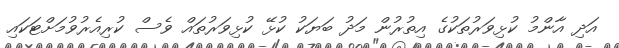
އަދި އާންމު ކުޅިވަރުތަކުގެ އިތުރުން މަދު ބަޔަކު ކުޅޭ ކުޅިވަރުތައް ވެސް ކުރިއެރުވުމަށްޓަކައި